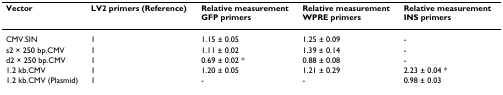
| Vector | LV2 primers (Reference) | Relative measurementGFP primers | Relative measurementWPRE primers | Relative measurementINS primers |
 | --- | --- | --- | --- | --- |
 | CMV.SIN | 1 | 1.15 ± 0.05 | 1.25 ± 0.09 | - |
 | s2 × 250 bp.CMV | 1 | 1.11 ± 0.02 | 1.39 ± 0.14 | - |
 | d2 × 250 bp.CMV | 1 | 0.69 ± 0.02 * | 0.88 ± 0.08 | - |
 | 1.2 kb.CMV | 1 | 1.20 ± 0.05 | 1.21 ± 0.29 | 2.23 ± 0.04 * |
 | 1.2 kb.CMV (Plasmid) | 1 | - | - | 0.98 ± 0.03 |